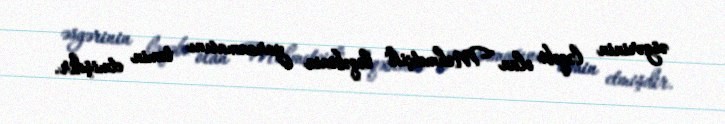
əsgərinin ləqəbi olan "Mehmetçik" ləqəbinin yaranmasını təmin etmişdir.